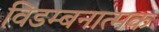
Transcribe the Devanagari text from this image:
विडम्बनात्मक